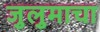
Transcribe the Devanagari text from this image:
जुलुमाचा